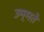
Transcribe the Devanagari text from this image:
उम्मते